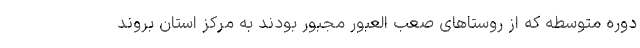
دوره متوسطه که از روستاهای صعب العبور مجبور بودند به مرکز استان بروند